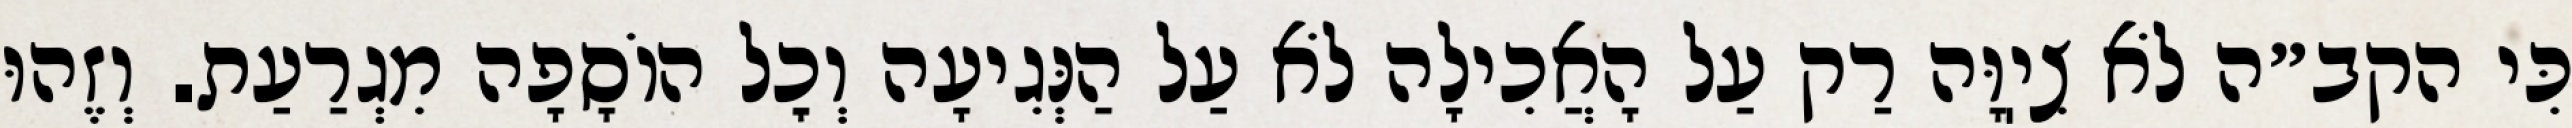
כִּי הקב״ה לֹא צִיֽוָּה רַק עַל הָאֲכִילָה לֹא עַל הַנְּגִיעָה וְכׇל הוֹסָפָה מִגְרַעַת. וְזֶהוּ